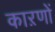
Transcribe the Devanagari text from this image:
काऱणों